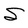
Character: S